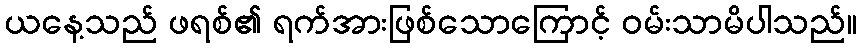
ယနေ့သည် ဖရစ်၏ ရက်အားဖြစ်သောကြောင့် ဝမ်းသာမိပါသည်။